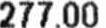
277.00